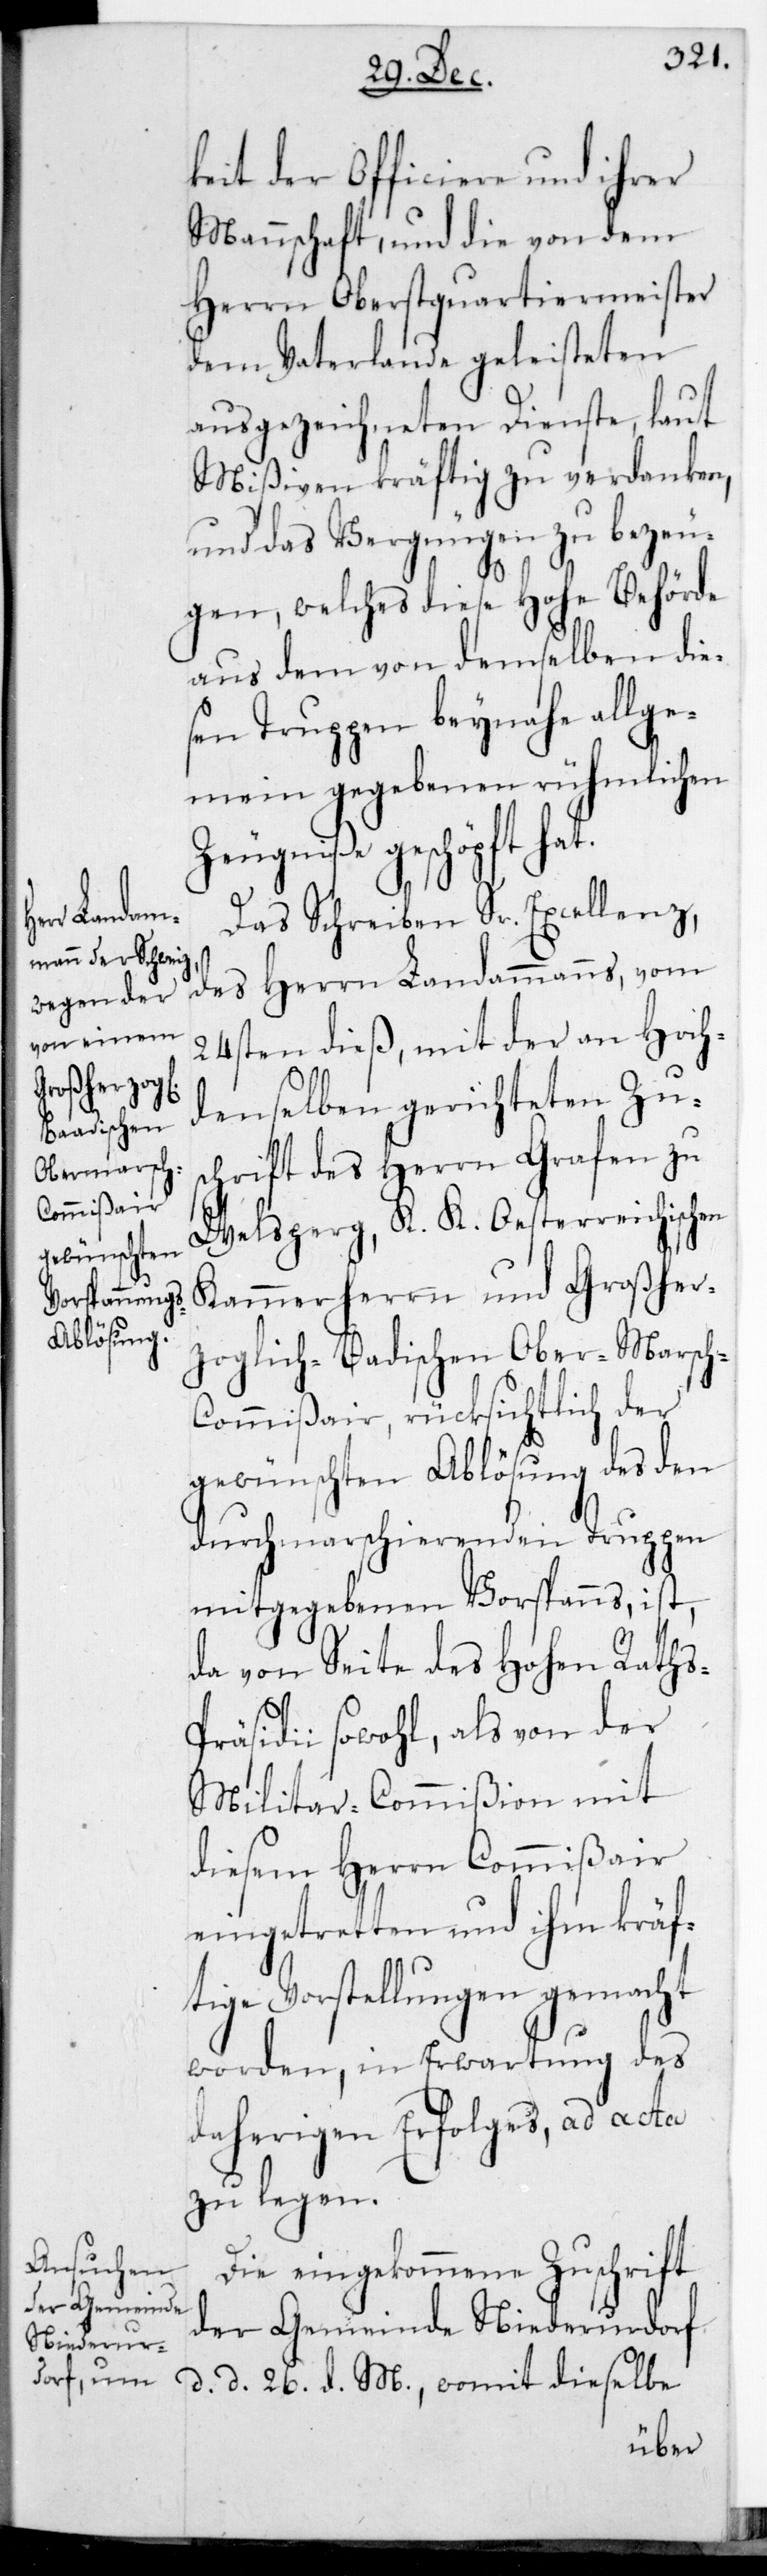
keit der Officiere und ihrer
Mannschaft, und die von dem
Herrn Oberstquartiermeister
dem Vaterlande geleisteten
ausgezeichneten Dienste, laut
Mißiven kräftig zu verdanken,
und das Vergnügen zu bezeu¬
h-C¬
gen, welches diese Hohe Behörde
aus dem von demselben die¬
sen Truppen beinahe allge¬
mein gegebenen rühmlichen
Zeugniße geschöpft hat.
Das Schreiben Sr. Excellenz,
des Herrn Landammanns, vom
24sten dieß, mit der an Hoch¬
denselben gerichteten Zus¬
chrift des Herrn Grafen zu
Welsberg, K. K. Oesterreichischen
Kammerherrn und Großher¬
zoglich-Baadischen Obermarsc¬
ommißair, rücksichtlich der
gewünschten Ablösung des den
durchmarschierenden Truppen
mitgegebenen Vorspanns, ist,
da von Seite des Hohen Raths¬
präsidii sowohl, als von der
Militar-Commißion mit
diesem Herrn Commißair
eingetretten und ihm kv crä¬
ftige Vorstellungen gemacht
worden, in Erwartung des
daherigen Erfolges, ad acta
zu legen.
Die eingekommene Zuschrift
der Gemeinde
Niederur¬
dorf, d. d. 26sten d. M., womit dieselbe